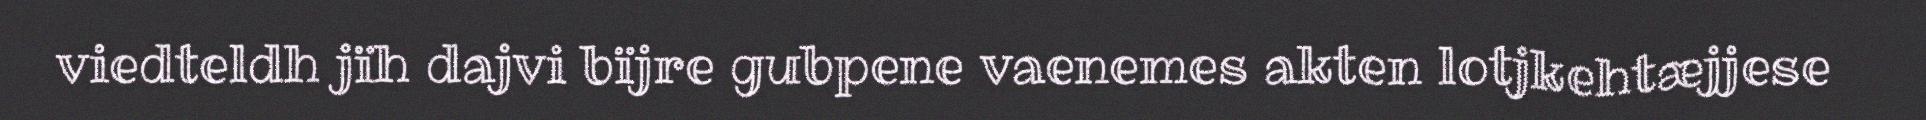
viedteldh jïh dajvi bïjre gubpene vaenemes akten lotjkehtæjjese